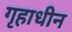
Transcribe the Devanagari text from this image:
गृहाधीन